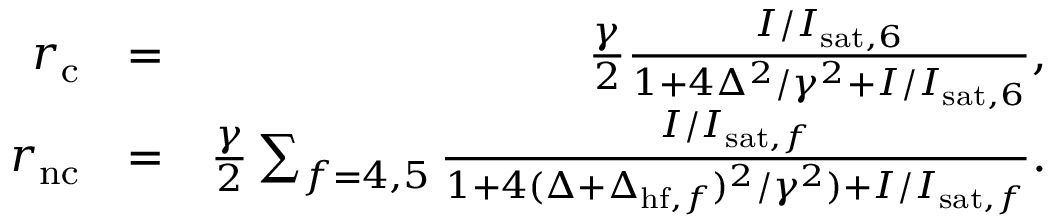
\begin{array} { r l r } { r _ { \mathrm { c } } } & { = } & { \frac { \gamma } { 2 } \frac { I / I _ { \mathrm { s a t } , 6 } } { 1 + 4 \Delta ^ { 2 } / \gamma ^ { 2 } + I / I _ { \mathrm { s a t } , 6 } } , } \\ { r _ { \mathrm { n c } } } & { = } & { \frac { \gamma } { 2 } \sum _ { f = 4 , 5 } \frac { I / I _ { \mathrm { s a t } , f } } { 1 + 4 ( \Delta + \Delta _ { \mathrm { h f } , f } ) ^ { 2 } / \gamma ^ { 2 } ) + I / I _ { \mathrm { s a t } , f } } . } \end{array}